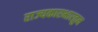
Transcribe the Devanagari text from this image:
राज्यकारभारतुन